King Institute of Preventive Medicine Micro-Biological Section reports 1909-11
Year: 1909
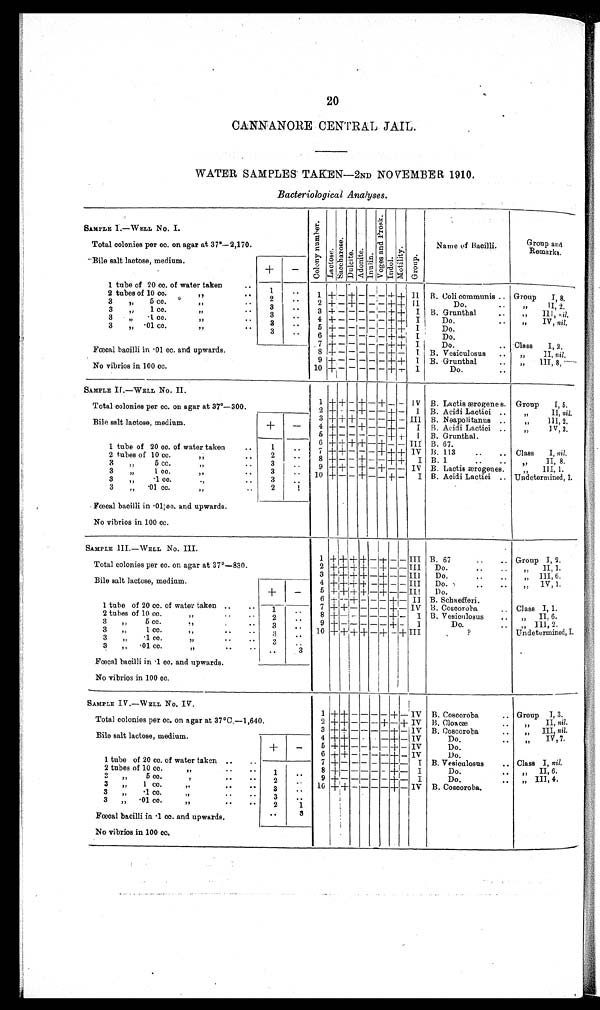
20
CANNANORE CENTRAL JAIL.
WATER SAMPLES TAKEN—2ND NOVEMBER 1910 .
Bacteriological Analyses.
SAMPLE I—WELL No. I.
Total colonies per cc. on agar at 37º—2,170.
C o l o n y N u m b e r .
L a c t o s e .
S a c c h a r o s e .
Dul ci t e. Ad o n i t e .
I nul i n.
V o g e s a n d P r o s k .
I ndol .
Mo t i l i t y .
Gr oup.
Name of Bacilli.
Group and
Remarks.
Bile salt lactose, medium.
+
-
1 tube of 20 cc. of water taken
1 ..
1
+ -
+
- - - + + II B. Coli communis
Group I, 8.
2 tubes of 10 co.
2
..
2 + - + - - - + + II
Do.
"
II, 2.
3
", 5 cc. "
3
..
3 + - - - - - + + I B. Grunthal
,,
III, nil.
3
„" 1 cc. "
3
..
4 + - - - - - + + I
Do
.
" IV, nil.
3
3 "
.1 cc. "
3
..
5 + - - - - - + + I
Do.
3 " . 01 cc. "
3
..
6 + - - - - - + + I
Do.
7 + - - - - - + + I
Do.
Class
I, 2.
Fœeal bacilli in .01 cc. and upwards.
No vibrios in 100 cc.
8 + - - - - - + -
I B. Vesiculosus
" II, nil.
9 + - - - - - + +
I B. Grunthal
„" III, 8.
10 +
- - - - - + + I
Do.
SAMPLE II.—WELL No. II.
Total colonies per cc. on agar at 37°—300.
1
+ + - + - + - - IV B. Lactis ærogenes. Group
I, 5.
2 + - - + - - + -
I B. Acidi Lactici
" II, nil.
Bile salt lactose, medium.
+
-
3 + + + - - - + - III B. Neapolitanus
" III, ,2.
4 + - - + - - + -
I B. Acidi Lactici
"
IV, 3.
5 + - - - - - + -
I B. Grunthal.
I tube of 20 cc. of water taken
1
..
6 + + + + - + - - III B. 67.
7 + + - - - + + + IV B. 113
Class
I, nil.
2 tubes of 10 cc. "
2
..
8 + - - + - - + +
I B. 1
" II, 8.
3 " 5 cc
3
..
9 + + - + - + - - IV B. Lactis ærogenes.
" III, 1.
3 " 1 cc.
"
3
..
10 + - - + - - + -
I B. Acidi Lactici
Undetermined, 1.
3 „
.1 cc. "
3 ..
3
„ .01 cc.
"
2
1
Fœcal bacilli in .01 cc. and upwards.
No vibrios in 100 cc.
SAMPLE III.—WELL No. III.
Total colonies per cc. on agar at 37°—830.
1
+
+ +
+ - +
-
- III B. 67
Group I, 2.
2 + + + + - + - - III
Do.
" II, 1.
3 + + + + - + - - III
Do.
" III ,6.
Bile salt lactose, medium.
+
-
4 + + + + - + - - III Do.
" IV, 1.
5 + + + + - + - - II!
Do.
6 + - + - - - + -
II B. Schaefferi
7+ + - - - - + - IV B. Coscoroba.
Class I, 1.
1 tube of 20 cc. of water taken
1
..
8 + - -- - - + -
I B. Vesienlosus
" II, 6.
2 tubes of 10 cc.
"
2
..
9 + - - - - - + -
I
Do.
" III, 2.
3 " „5 ec.
"
3 ..
10
+ +
+
+
-
+
- + III
?
Undetermined, I.
3 " 1 cc.
"
3
..
3 " .1 cc "
3 ..
3 " .01 cc. "
..
3
Fœcal bacilli in .1 cc. and upwards.
No vibrios in 100 cc.
SAMPLE IV .—W ELL NO. IV.
Total colonies per cc. on agar at 37°C.—1,640.
1 + + - - - - + - IV
B. Coscoroba.
Group I, 3.
2 + + - - - + - + IV B. Cloacæ
"
II, nil.
3 + + - - - - + - IV
B. Coscoroba.
"
III, nil.
4 + + - - - - + - IV
Do.
" IV, 7.
Bile salt lactose, medium.
+
- 5 + + - - - - + - IV
Do.
6 + + - - - - + - IV
Do.
1 tube of 20 cc, of water taken
1
..
7 + - - - - - + - I
B. Vesiculosus.
Class I, nil.
2 tubes of 10 cc.
"
2..
8 + - - - - - + - I
Do.
" II, 6.
3 „
5 cc
3
.. 9 + - - - - - + - I
Do.
" III ,4.
10
+
+
-
- - - + -
IV B. Coscoroba.
3 " 1 cc..
3
..
3 „
.1 cc.
2 1
3 „ .01 cc. "
..
3
Fœcal bacilli in .1 cc, and upwards.
No vibrios in 100 cc.